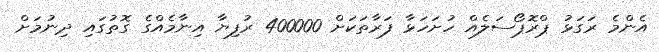
އެންމެ ރަގަޅު ޕްރޮޕޯސަލެއް ހުށަހަޅާ ފަރާތަކަށް 400000 ރުފިޔާ އިނާމެއްގެ ގޮތުގައި ދިނުމަށް